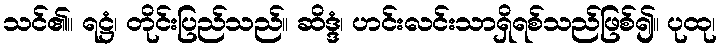
သင်၏။ ရဋ္ဌံ၊ တိုင်းပြည်သည်။ ဆိဒ္ဒံ၊ ဟင်းလင်းသာရှိရစ်သည်ဖြစ်၍။ ပုထု၊